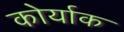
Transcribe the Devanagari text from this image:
कोर्याक